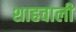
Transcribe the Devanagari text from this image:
शाहवाली